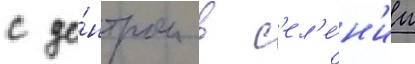
с це́нтром в с'ел'е́н'ии